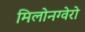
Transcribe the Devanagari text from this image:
मिलोनग्वेरो